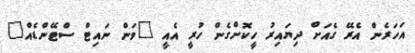
އަަހަރެން އެރޭ ގެއަށް ދިޔައިރު ހީކޮށްގެން ހުރީ އެއީ "ވަން ނައިޓް ސްޓޭންޑެއް"